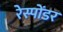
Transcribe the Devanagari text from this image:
रेस्पोंडर